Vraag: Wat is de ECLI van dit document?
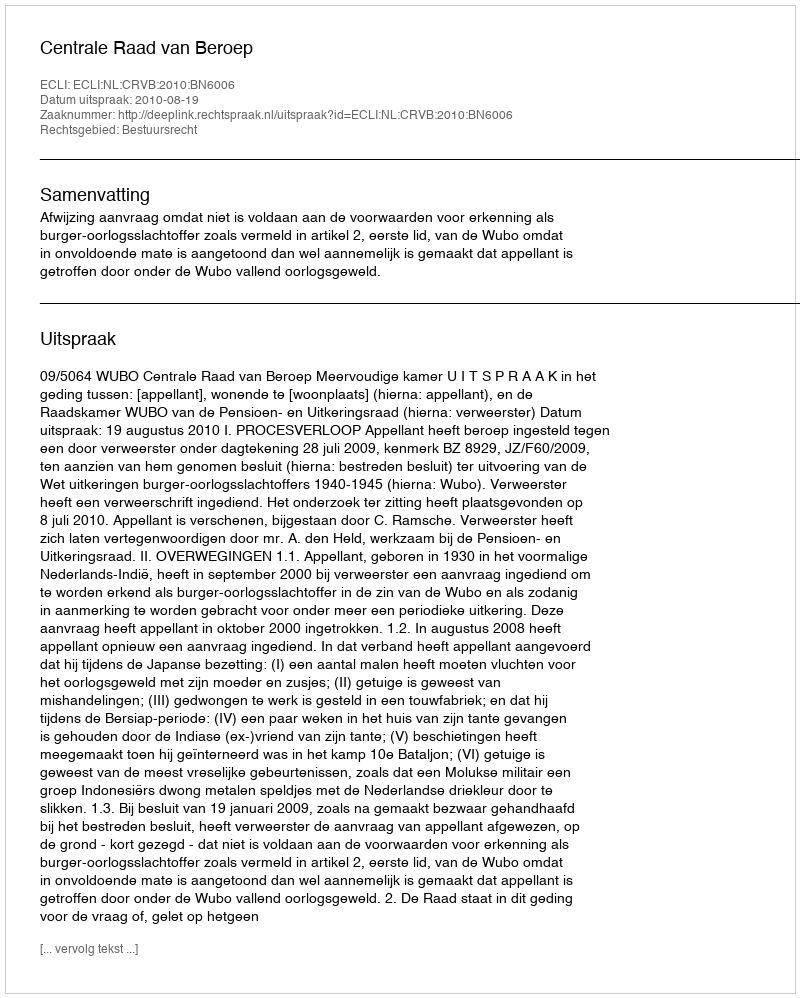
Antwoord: ECLI:NL:CRVB:2010:BN6006